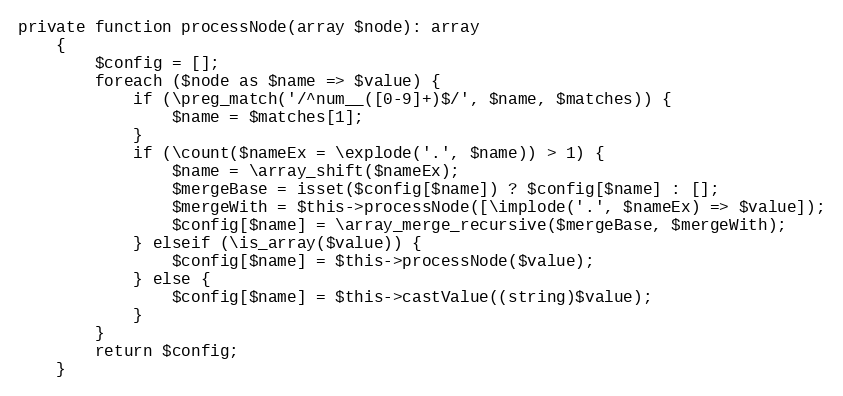
Language: PHP
private function processNode(array $node): array
    {
        $config = [];
        foreach ($node as $name => $value) {
            if (\preg_match('/^num__([0-9]+)$/', $name, $matches)) {
                $name = $matches[1];
            }
            if (\count($nameEx = \explode('.', $name)) > 1) {
                $name = \array_shift($nameEx);
                $mergeBase = isset($config[$name]) ? $config[$name] : [];
                $mergeWith = $this->processNode([\implode('.', $nameEx) => $value]);
                $config[$name] = \array_merge_recursive($mergeBase, $mergeWith);
            } elseif (\is_array($value)) {
                $config[$name] = $this->processNode($value);
            } else {
                $config[$name] = $this->castValue((string)$value);
            }
        }
        return $config;
    }